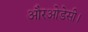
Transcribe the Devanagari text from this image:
औरओडेसी।